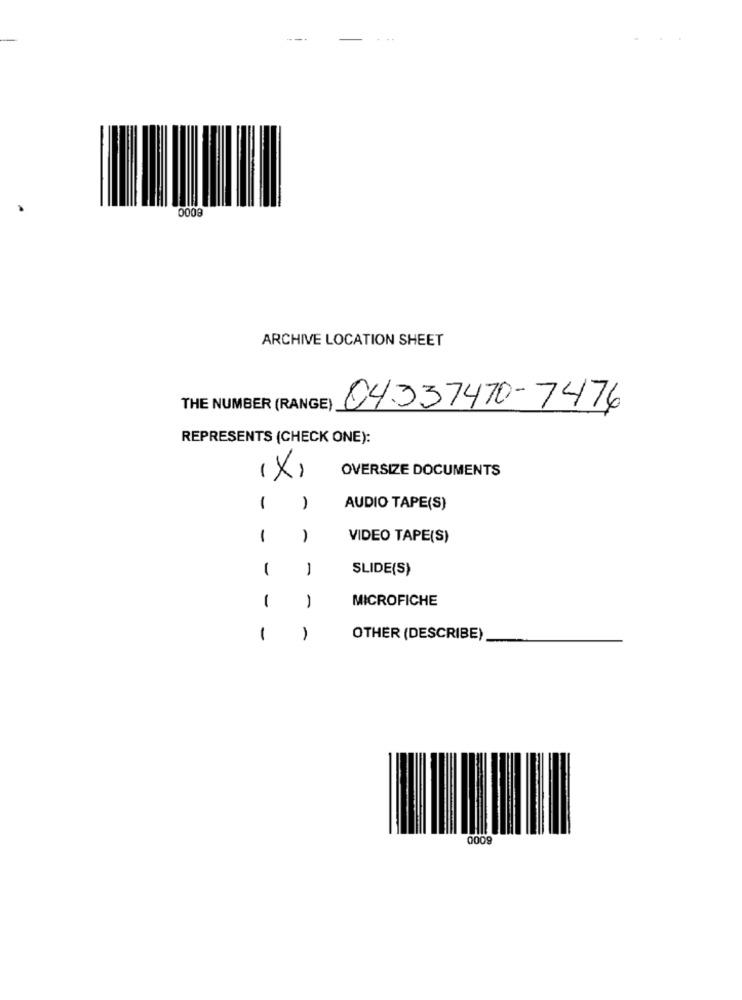
--
0008
ARCHIVE LOCATION SHEET
THE NUMBER (RANGE)
04.337470-7476
REPRESENTS (CHECK ONE):
OVERSIZE DOCUMENTS
(X)
1
-
AUDIO TAPE(S)
1
VIDEO TAPE(S)
1
-
SLIDE(S)
1
MICROFICHE
-
1
OTHER (DESCRIBE)
0009